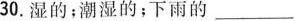
30.湿的；潮湿的；下雨的___